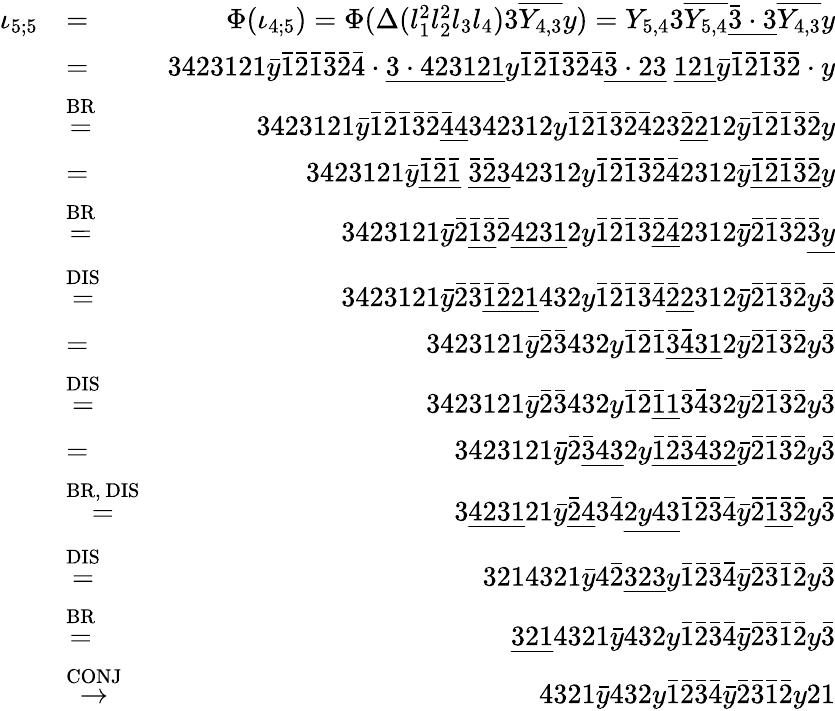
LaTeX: \begin{array}{rlr}{\iota_{5;5}}&{=}&{\Phi(\iota_{4;5})=\Phi(\Delta(l_{1}^{2}l_{2}^{2}l_{3}l_{4})3\overline{{Y_{4,3}}}y)=Y_{5,4}3\overline{{Y_{5,4}}}\underline{{\bar{3}\cdot 3}}\overline{{Y_{4,3}}}y}\\ &{=}&{3423121\bar{y}\bar{1}\bar{2}\bar{1}\bar{3}\bar{2}\bar{4}\cdot\underline{{3\cdot 423121}}y\bar{1}\bar{2}\bar{1}\bar{3}\bar{2}\bar{4}\underline{{\bar{3}\cdot 23}}\ \underline{{121}}\bar{y}\bar{1}\bar{2}\bar{1}\bar{3}\bar{2}\cdot y}\\ &{\stackrel{\mathrm{BR}}{=}}&{3423121\bar{y}\bar{1}\bar{2}\bar{1}\bar{3}\bar{2}\underline{{\bar{4}4}}342312y\bar{1}\bar{2}\bar{1}\bar{3}\bar{2}\bar{4}23\underline{{\bar{2}2}}12\bar{y}\bar{1}\bar{2}\bar{1}\bar{3}\bar{2}y}\\ &{=}&{3423121\bar{y}\underline{{\bar{1}\bar{2}\bar{1}}}\ \underline{{\bar{3}\bar{2}3}}42312y\bar{1}\bar{2}\bar{1}\bar{3}\bar{2}\bar{4}2312\bar{y}\underline{{\bar{1}\bar{2}\bar{1}\bar{3}\bar{2}}}y}\\ &{\stackrel{\mathrm{BR}}{=}}&{3423121\bar{y}\bar{2}\underline{{\bar{1}\bar{3}}}\bar{2}\underline{{4231}}2y\bar{1}\bar{2}\bar{1}\bar{3}\underline{{\bar{2}\bar{4}}}2312\bar{y}\bar{2}\bar{1}\bar{3}\bar{2}\underline{{\bar{3}y}}}\\ &{\stackrel{\mathrm{DIS}}{=}}&{3423121\bar{y}\bar{2}\bar{3}\underline{{\bar{1}\bar{2}21}}432y\bar{1}\bar{2}\bar{1}\bar{3}\bar{4}\underline{{\bar{2}2}}312\bar{y}\bar{2}\bar{1}\bar{3}\bar{2}y\bar{3}}\\ &{=}&{3423121\bar{y}\bar{2}\bar{3}432y\bar{1}\bar{2}\bar{1}\underline{{\bar{3}\bar{4}31}}2\bar{y}\bar{2}\bar{1}\bar{3}\bar{2}y\bar{3}}\\ &{\stackrel{\mathrm{DIS}}{=}}&{3423121\bar{y}\bar{2}\bar{3}432y\bar{1}\bar{2}\underline{{\bar{1}1}}\bar{3}\bar{4}32\bar{y}\bar{2}\bar{1}\bar{3}\bar{2}y\bar{3}}\\ &{=}&{3423121\bar{y}\bar{2}\underline{{\bar{3}43}}2y\underline{{\bar{1}\bar{2}\bar{3}\bar{4}32}}\bar{y}\bar{2}\bar{1}\bar{3}\bar{2}y\bar{3}}\\ &{\stackrel{\mathrm{BR,~DIS}}{=}}&{3\underline{{4231}}21\bar{y}\underline{{\bar{2}4}}3\bar{4}\underline{{2y43}}\bar{1}\bar{2}\bar{3}\bar{4}\bar{y}\bar{2}\underline{{\bar{1}\bar{3}}}\bar{2}y\bar{3}}\\ &{\stackrel{\mathrm{DIS}}{=}}&{3214321\bar{y}4\bar{2}\underline{{323}}y\bar{1}\bar{2}\bar{3}\bar{4}\bar{y}\bar{2}\bar{3}\bar{1}\bar{2}y\bar{3}}\\ &{\stackrel{\mathrm{BR}}{=}}&{\underline{{321}}4321\bar{y}432y\bar{1}\bar{2}\bar{3}\bar{4}\bar{y}\bar{2}\bar{3}\bar{1}\bar{2}y\bar{3}}\\ &{\stackrel{\mathrm{CONJ}}{\to}}&{4321\bar{y}432y\bar{1}\bar{2}\bar{3}\bar{4}\bar{y}\bar{2}\bar{3}\bar{1}\bar{2}y21}\end{array}